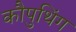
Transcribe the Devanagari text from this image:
कौपुथिंग